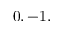
0 , - 1 ,